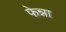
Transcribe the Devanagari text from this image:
फेन्ना